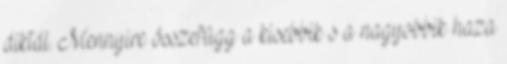
diktál. Mennyire összefügg a kisebbik s a nagyobbik haza